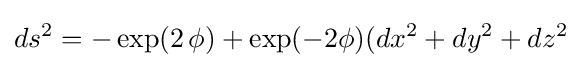
ds^{2}=-\exp(2\,\phi )+\exp(-2\phi )(dx^{2}+dy^{2}+dz^{2}